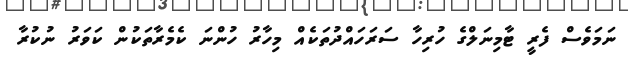
ނަމަވެސް ފެރީ ޓާމިނަލްގެ ހުރިހާ ސަރަހައްދުތަކެއް މިހާރު ހުންނަ ކެމެރާތަކުން ކަވަރު ނުކުރާ